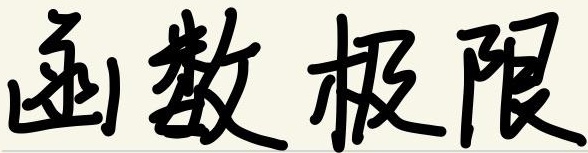
函数极限